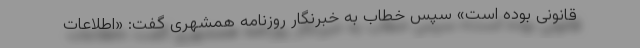
قانونی بوده است» سپس خطاب به خبرنگار روزنامه همشهری گفت: «اطلاعات